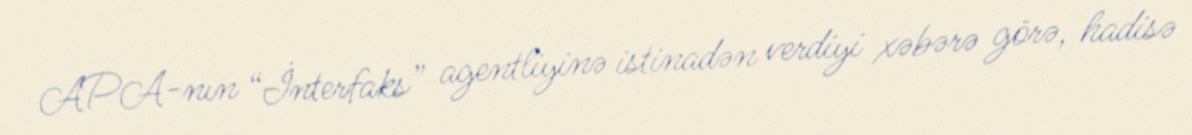
APA-nın “İnterfaks” agentliyinə istinadən verdiyi xəbərə görə, hadisə